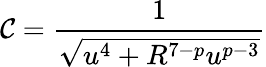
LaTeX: \mathcal{C}=\frac{1}{\sqrt{u^{4}+R^{7-p}u^{p-3}}}